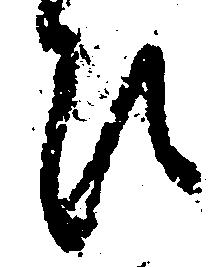
ひ